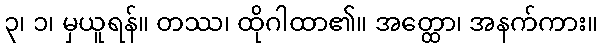
၃၊ ၁၊ မှယူရန်။ တဿ၊ ထိုဂါထာ၏။ အတ္ထော၊ အနက်ကား။